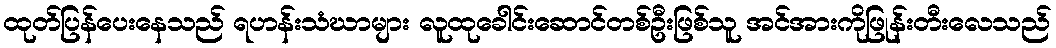
ထုတ်ပြန်ပေးနေသည် ရဟန်းသံဃာများ လူထုခေါင်းဆောင်တစ်ဦးဖြစ်သူ အင်အားကိုဖြုန်းတီးလေသည်